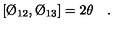
[ \O _ { 1 2 } , \O _ { 1 3 } ] = 2 \theta \quad .